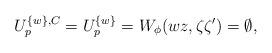
LaTeX: \begin{align*}U^{\{w\},C}_{p}=U^{\{w\}}_{p}=W_\phi(wz,\zeta\zeta')=\emptyset,\end{align*}